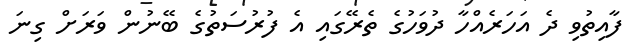
ފާއިތުވި ދެ އަހަރެއްހާ ދުވަހުގެ ތެރޭގައި އެ ފުރުސަތުގެ ބޭނުން ވަރަށް ގިނަ